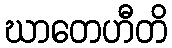
ဃာတေဟီတိ